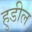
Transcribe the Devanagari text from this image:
हुडील